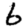
Digit: 6